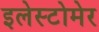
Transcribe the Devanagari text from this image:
इलेस्टोमेर